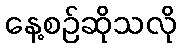
နေ့စဉ်ဆိုသလို